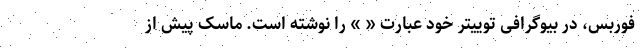
فوربس، در بیوگرافی توییتر خود عبارت « » را نوشته است. ماسک پیش از